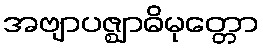
အဗျာပဇ္ဈာဓိမုတ္တော